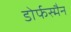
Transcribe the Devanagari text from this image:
डोर्फस्मैन